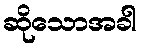
ဆိုသောအခါ